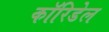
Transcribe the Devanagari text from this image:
कॉरिडेल